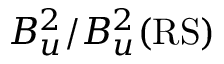
B _ { u } ^ { 2 } / B _ { u } ^ { 2 } ( \mathrm { R S ) }